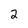
Character: 2